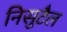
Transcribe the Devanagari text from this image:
निसुटैल